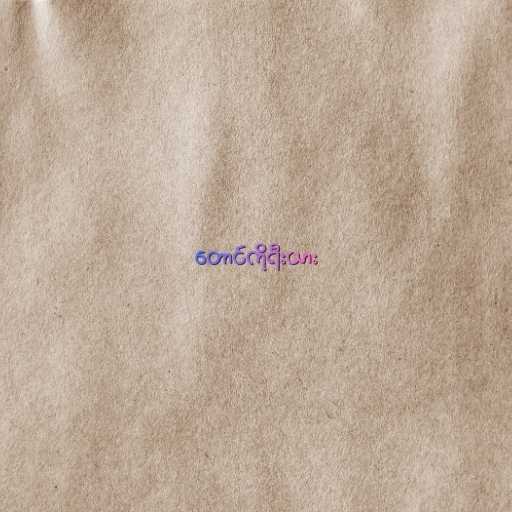
တောင်ကိုရီးယား